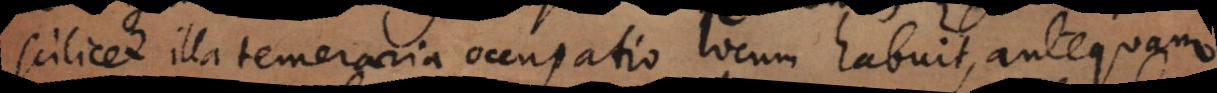
scilicet illa temeraria occupatio locum habuit, antequam